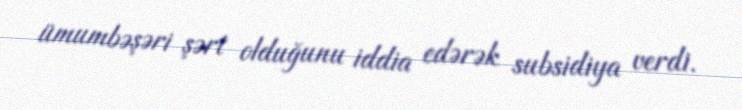
ümumbəşəri şərt olduğunu iddia edərək subsidiya verdi.